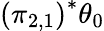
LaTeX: \left(\pi_{2,1}\right)^{*}\theta_{0}